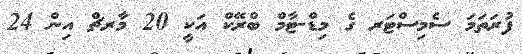
ފުރަތަމަ ސެމިސްޓަރ ގެ މިޑް-ޓާމް ބްރޭކް އަކީ 20 މާރޗް އިން 24